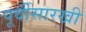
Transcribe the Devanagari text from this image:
पूर्वीसारखी